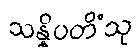
သန္နိပတိံသု